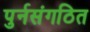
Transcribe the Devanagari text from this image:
पुर्नसंगठित